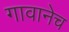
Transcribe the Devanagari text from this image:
गावानेच